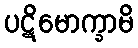
ပဋိမောက္ခာမိ